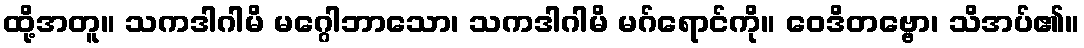
ထို့အတူ။ သကဒါဂါမိ မဂ္ဂေါဘာသော၊ သကဒါဂါမိ မဂ်ရောင်ကို။ ဝေဒိတဗ္ဗော၊ သိအပ်၏။